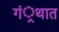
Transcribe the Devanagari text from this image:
गं्रथात